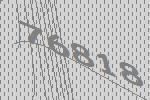
76818